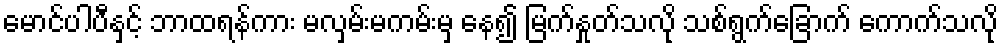
မောင်ပါပီနှင့် ဘာထရန်ကား မလှမ်းမကမ်းမှ နေ၍ မြက်နှုတ်သလို သစ်ရွက်ခြောက် ကောက်သလို